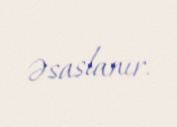
əsaslanır.